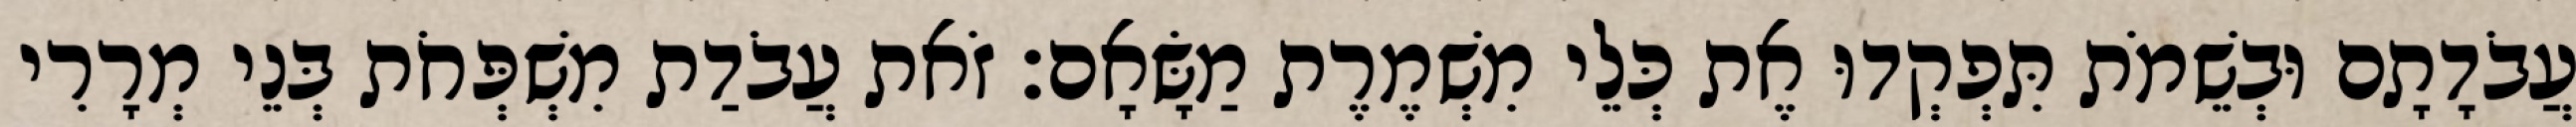
עֲבֹדָתָם וּבְשֵׁמֹת תִּפְקְדוּ אֶת כְּלֵי מִשְׁמֶרֶת מַשָּׂאָם׃ זֹאת עֲבֹדַת מִשְׁפְּחֹת בְּנֵי מְרָרִי